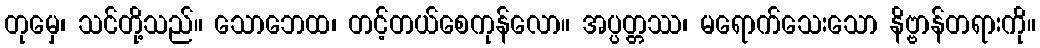
တုမှေ၊ သင်တို့သည်။ သောဘေထ၊ တင့်တယ်စေကုန်လော။ အပ္ပတ္တဿ၊ မရောက်သေးသော နိဗ္ဗာန်တရားကို။